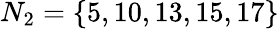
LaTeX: N_{2}=\{ 5,10,13,15,17\}